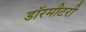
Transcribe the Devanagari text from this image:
डॉरमीटरी